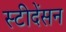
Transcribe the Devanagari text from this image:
स्टीदेंसन